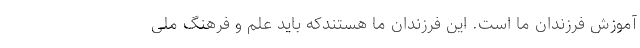
آموزش فرزندان ما است. این فرزندان ما هستندکه باید علم و فرهنگ ملی